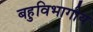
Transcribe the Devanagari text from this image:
बहुविभागीय